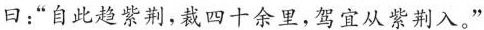
曰；”自此趋紫荆，裁四十余里，驾宜从紫荆入。